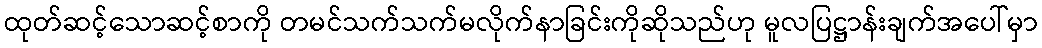
ထုတ်ဆင့်သောဆင့်စာကို တမင်သက်သက်မလိုက်နာခြင်းကိုဆိုသည်ဟု မူလပြဋ္ဌာန်းချက်အပေါ်မှာ